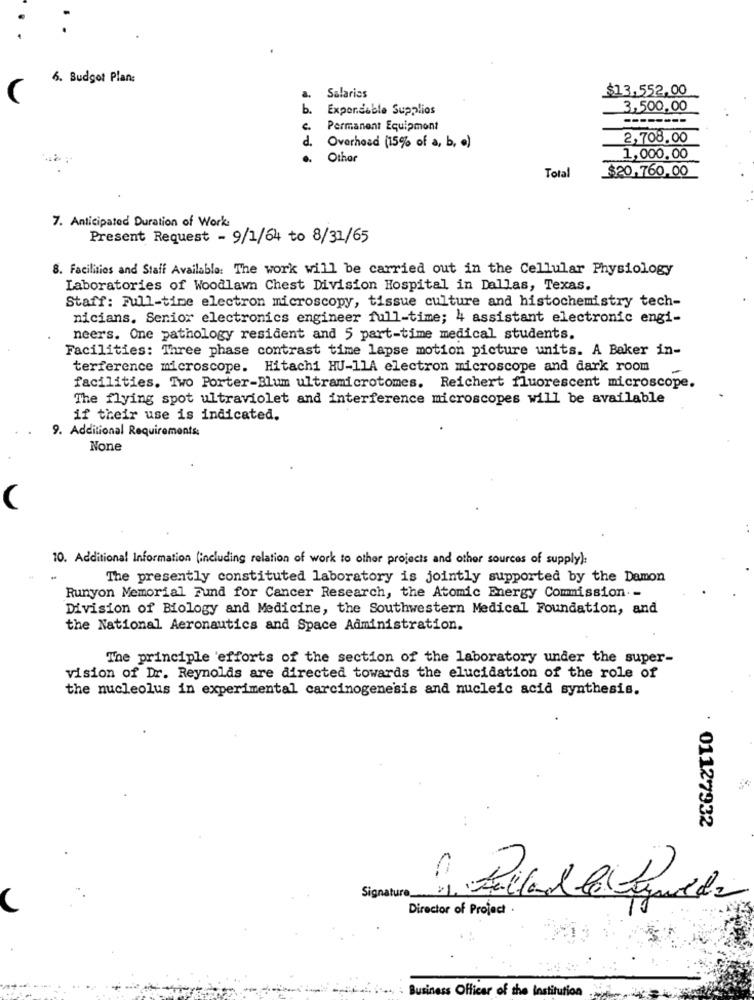
6. Budget Plan:
$13,552,00
(
Salariss
b.
Expendable Supplies
3,500,00
--------
.
Permanent Equipment
d.
Overhead (15% of a, b, o)
2,708.00
Other
1,000.00
$20.760,00
Total
7. Anticipated Duration of Work:
Present Request - 9/1/64 to 8/31/65
8. Facilities and Staff Available: The work will be carried out in the Cellular Physiology
Laboratories of Woodlawn Chest Division Hospital in Dallas, Texas.
Staff: Full-time electron microscopy, tissue culture and histochemistry tech-
nicians. Senior electronics engineer full-time; 4 assistant electronic engi-
neers. One pathology resident and 5 part-time medical students.
Facilities: Three phase contrast time lapse motion picture units. A Baker in-
terference microscope. Hitachi HU-11A electron microscope and dark room
facilities. Two Porter-Blum ultramicrotomes. Reichert fluorescent microscope.
The flying spot ultraviolet and interference microscopes will be available
if their use is indicated.
9. Additional Requirements:
10. Additional Information (including relation of work to other projects and other sources of supply):
The presently constituted laboratory is jointly supported by the Damon
Runyon Memorial Fund for Cancer Research, the Atomic Energy Commission-
Division of Biology and Medicine, the Southwestern Medical Foundation, and
the National Aeronautics and Space Administration.
The principle 'efforts of the section of the laboratory under the super-
vision of Dr. Reynolds are directed towards the elucidation of the role of
the nucleolus in experimental carcinogenesis and nucleic acid synthesis.
: 01127932
Signature_
Director of Project
Business Officer of the Institution